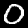
Digit: 0